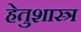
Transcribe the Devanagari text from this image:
हेतुशास्त्र